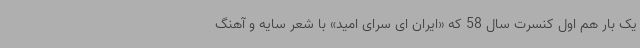
یک بار هم اول کنسرت سال 58 که «ایران ای سرای امید» با شعر سایه و آهنگ